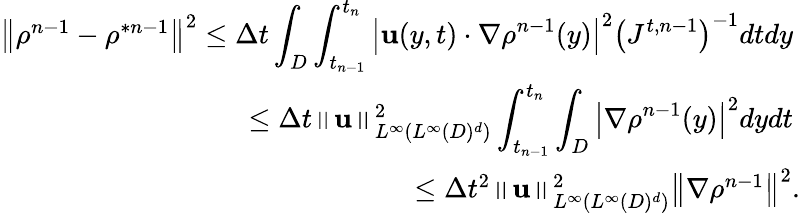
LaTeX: \begin{array}{r}{\left\Vert\rho^{n-1}-\rho^{\ast n-1}\right\Vert^{2}\leq\Delta t\displaystyle\int_{D}\int_{t_{n-1}}^{t_{n}}\left\vert\mathbf{u}(y,t)\cdot\nabla\rho^{n-1}(y)\right\vert^{2}\left(J^{t,n-1}\right)^{-1}dtdy\ }\\ {\leq\Delta t\left\Vert\mathbf{u}\right\Vert_{L^{\infty}(L^{\infty}(D)^{d})}^{2}\displaystyle\int_{t_{n-1}}^{t_{n}}\int_{D}\left\vert\nabla\rho^{n-1}(y)\right\vert^{2}dydt\mathrm{~}}\\ {\leq\Delta t^{2}\left\Vert\mathbf{u}\right\Vert_{L^{\infty}(L^{\infty}(D)^{d})}^{2}\left\Vert\nabla\rho^{n-1}\right\Vert^{2}.}\end{array}